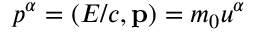
p ^ { \alpha } = ( E / c , \mathbf { p } ) = m _ { 0 } u ^ { \alpha }